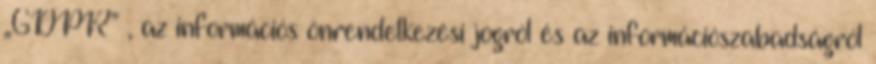
„GDPR” , az információs önrendelkezési jogról és az információszabadságról